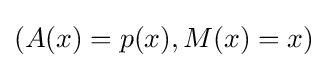
(A(x)=p(x),M(x)=x)